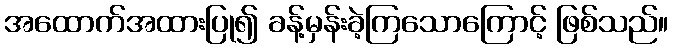
အထောက်အထားပြု၍ ခန့်မှန်းခဲ့ကြသောကြောင့် ဖြစ်သည်။